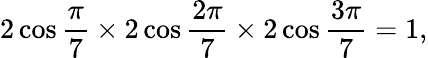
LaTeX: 2\cos{\frac{\pi}{7}}\times 2\cos{\frac{2\pi}{7}}\times 2\cos{\frac{3\pi}{7}}=1,